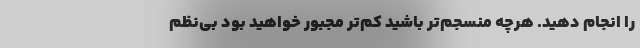
را انجام دهید. هرچه منسجم‌تر باشید کم‌تر مجبور خواهید بود بی‌نظم